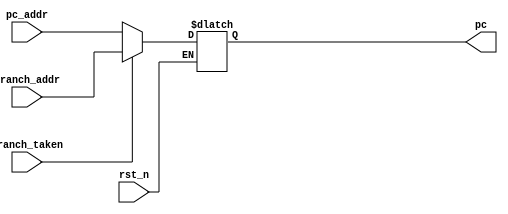
`timescale 1ns / 1ps


module pc_mux(
    input wire rst_n,
    input wire [31:0] pc_addr,
    input wire [31:0] branch_addr,
    input wire branch_taken,
    output reg [31:0] pc

);

always @(*) begin
    if (rst_n) begin //rst_n is active low
        if (branch_taken) begin
            pc = branch_addr;
        end
        else begin
            pc = pc_addr;
        end   
    end  
          
end
endmodule